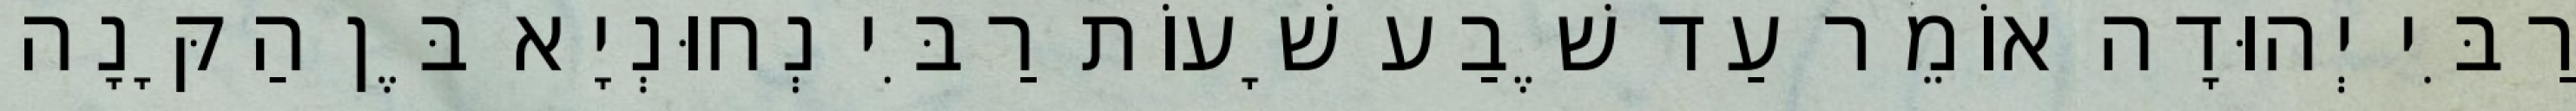
רַבִּי יְהוּדָה אוֹמֵר עַד שֶׁבַע שָׁעוֹת רַבִּי נְחוּנְיָא בֶּן הַקָּנָה